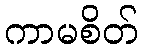
ကာမစိတ်